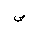
Letter: _sad